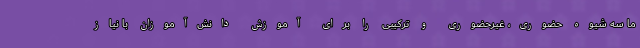
ما سه شیوه حضوری، غیرحضوری و ترکیبی را برای آموزش دانش‌آموزان با نیاز